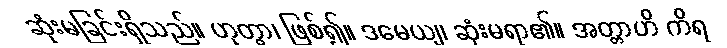
ဆုံးမခြင်းရှိသည်။ ဟုတွာ၊ ဖြစ်၍။ ဒမေယျ၊ ဆုံးမရာ၏။ အတ္တာဟိ ကိရ